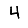
Digit: 4